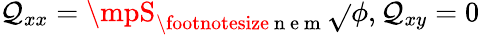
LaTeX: \mathcal{Q}_{xx}=\mpS_{\footnotesize{\mathrm{{~n~e~m~}}}}\sqrt{}{\phi},\mathcal{Q}_{xy}=0